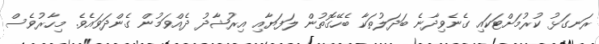
ރަނގަޅު ކުރުމަށްޓަކައި ގެނެވިދާނެ ބަދަލުތަކާ ބެހޭގޮތުން ލަފަޔާއި އިރުޝާދު ދެއްވަމުން ގެންދަވައެވެ. މިހާރުވެސް